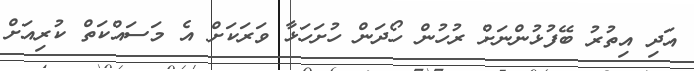
އަދި އިތުރު ބޭފުޅުންނަށް ރުހުން ހޯދަން ހުށަހަޅާ ވަރަކަށް އެ މަސައްކަތް ކުރިއަށް